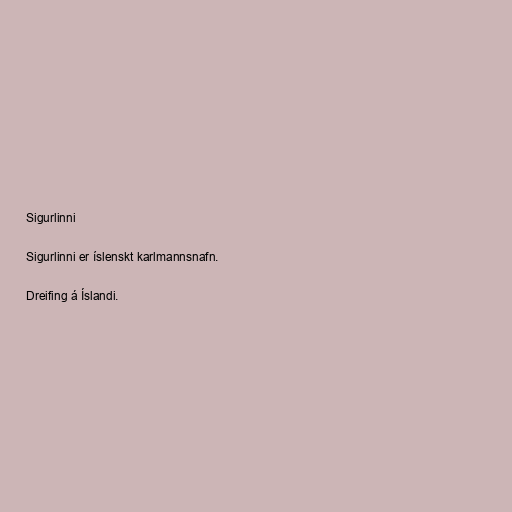
Sigurlinni

Sigurlinni er íslenskt karlmannsnafn.

Dreifing á Íslandi.